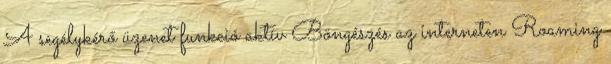
A segélykérő üzenet funkció aktív Böngészés az interneten Roaming